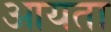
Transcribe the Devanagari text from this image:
आयता